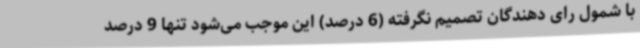
با شمول رای دهندگان تصمیم نگرفته (6 درصد) این موجب می‌شود تنها 9 درصد